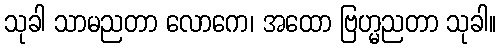
သုခါ သာမညတာ လောကေ၊ အထော ဗြဟ္မညတာ သုခါ။